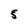
Character: 5